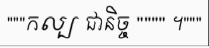
"""កល្ប ជានិច្ច """" ។"""